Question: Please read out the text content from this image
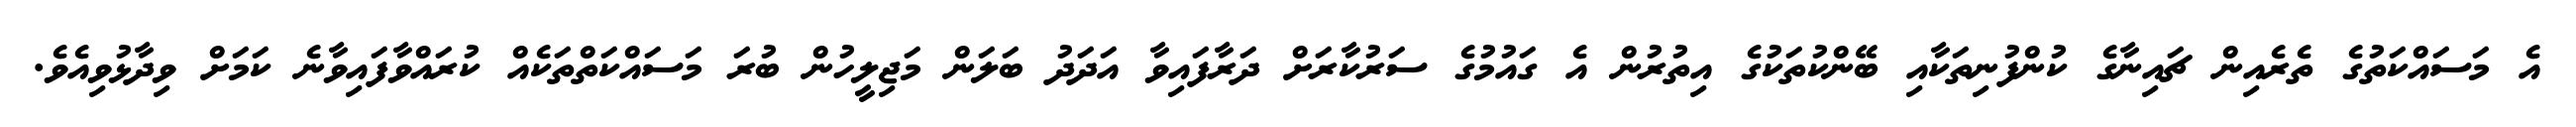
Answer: އެ މަސައްކަތުގެ ތެރެއިން ޗައިނާގެ ކުންފުނިތަކާއި ބޭންކުތަކުގެ އިތުރުން އެ ގައުމުގެ ސަރުކާރަށް ދަރާފައިވާ އަދަދު ބަލަން މަޖިލީހުން ބުރަ މަސައްކަތްތަކެއް ކުރައްވާފައިވާނެ ކަމަށް ވިދާޅުވިއެވެ.